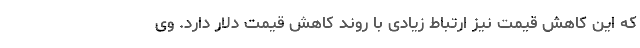
که این کاهش قیمت نیز ارتباط زیادی با روند کاهش قیمت دلار دارد. وی